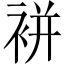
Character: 𧚭